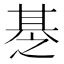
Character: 𰢪